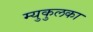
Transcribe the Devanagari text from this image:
म्युकुलका